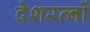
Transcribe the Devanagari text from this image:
देशरत्नों